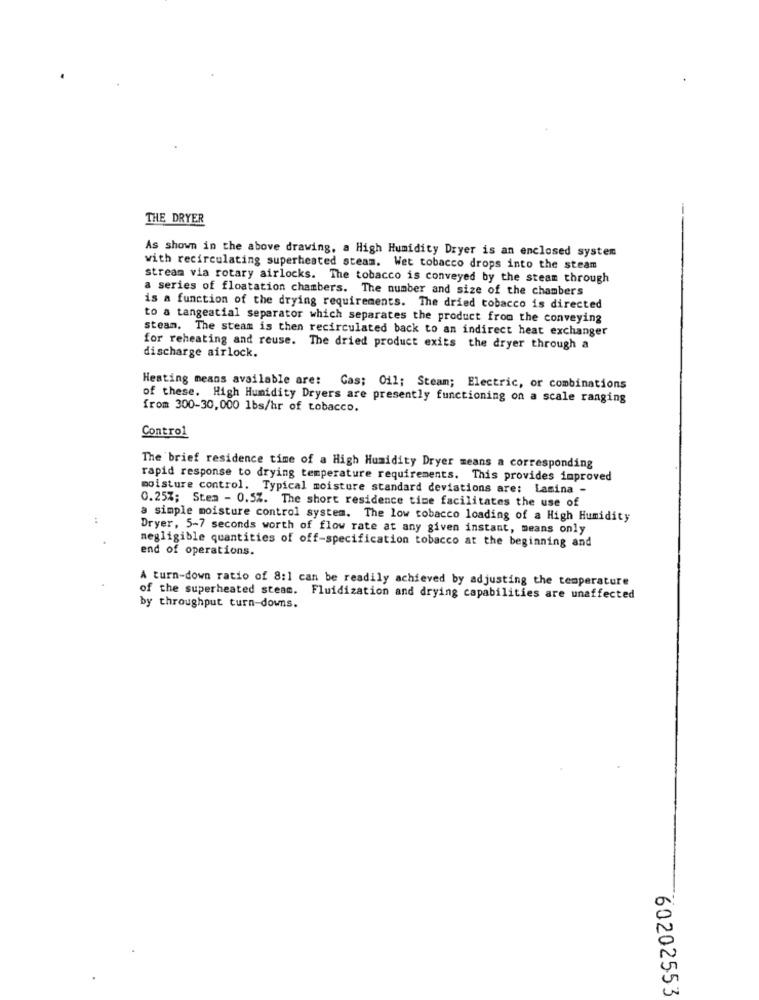
THE DRYER
As shown in the above drawing, a High Humidity Dryer is an enclosed system
with recirculating superheated steam. Wet tobacco drops into the steam
stream via rotary airlocks. The tobacco is conveyed by the steam through
a series of floatation chambers. The number and size of the chambers
is a function of the drying requirements. The dried tobacco is directed
to a tangeatial separator which separates the product from the conveying
steam. The steam is then recirculated back to an indirect heat exchanger
for reheating and reuse. The dried product exits the dryer through a
discharge airlock.
Heating means available are: Cas; Oil; Steam; Electric, or combinations
of these. High Humidity Dryers are presently functioning on a scale ranging
from 300-30,000 1bs/hr of tobacco.
Control
The brief residence time of a High Humidity Dryer means a corresponding
rapid response to drying temperature requirements. This provides improved
moisture control. Typical moisture standard deviations are: Lamina -
0.25%; Stem - 0.5%. The short residence time facilitates the use of
a simple moisture control system. The low tobacco loading of a High Humidity
Dryer, 5-7 seconds worth of flow rate at any given instant, means only
end of operations.
negligible quantities of off-specification tobacco at the beginning and
A turn-down ratio of 8:1 can be readily achieved by adjusting the temperature
of the superheated steam. Fluidization and drying capabilities are unaffected
by throughput turn-downs.
60202553